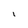
Character: l